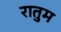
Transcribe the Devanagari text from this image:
रातुम